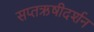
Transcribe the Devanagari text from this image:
सप्तऋषीदर्शन